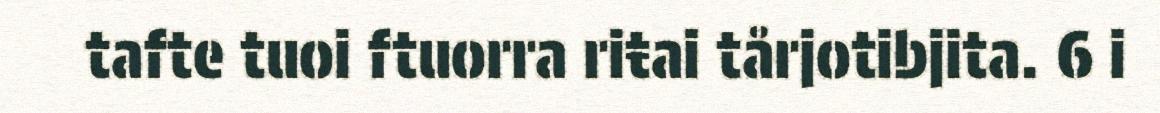
tafte tuoi ftuorra riŧai tårjotibjita. 6 i